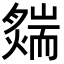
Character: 𦓟